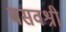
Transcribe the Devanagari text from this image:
बसवश्री